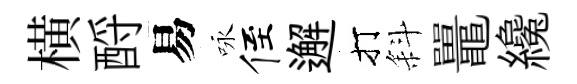
横酹易咏侄邂打斜鼉纔